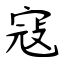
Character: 寇